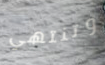
وتنتهي